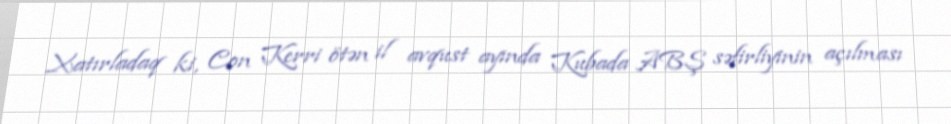
Xatırladaq ki, Con Kerri ötən il avqust ayında Kubada ABŞ səfirliyinin açılması